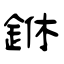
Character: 銝